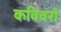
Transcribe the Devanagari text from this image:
कविवरों